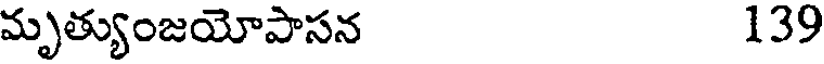
మృత్యుంజయోపాసన 139